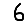
Digit: 6